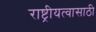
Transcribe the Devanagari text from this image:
राष्ट्रीयत्वासाठी